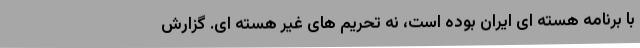
با برنامه هسته ای ایران بوده است، نه تحریم های غیر هسته ای. گزارش